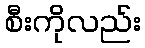
စီးကိုလည်း